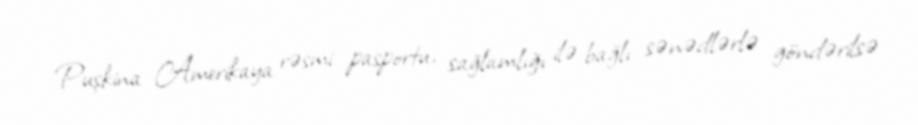
Puşkina Amerikaya rəsmi pasportu, sağlamlığı ilə bağlı sənədlərlə göndərilsə